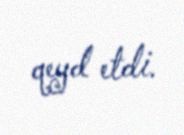
qeyd etdi.